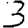
Digit: 3